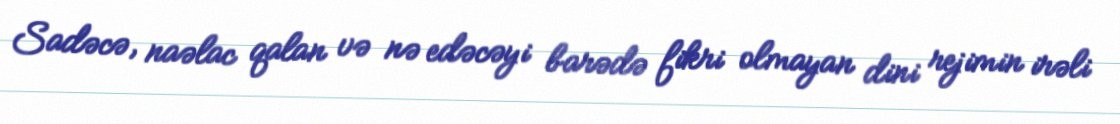
Sadəcə, naəlac qalan və nə edəcəyi barədə fikri olmayan dini rejimin irəli